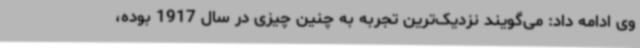
وی ادامه داد: می‌گویند نزدیک‌ترین تجربه به چنین چیزی در سال 1917 بوده،